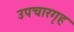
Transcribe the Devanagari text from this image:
उपचारगृह